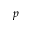
p